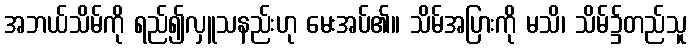
အဘယ်သိမ်ကို ရည်၍လှူသနည်းဟု မေးအပ်၏။ သိမ်အပြားကို မသိ၊ သိမ်၌တည်သူ